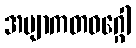
အဗျာကတဝဂ္ဂေါ